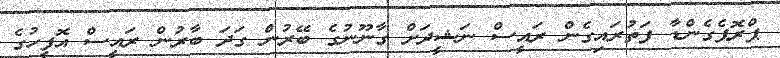
ޕްރޮޕެގެންޑާ ފަތުރައިގެން ރައީސް ނަޝީދަށް ގާނޫނުގެ ބޭރުން ގަދަ ބާރުން ރައީސް އޮފީހުގެ